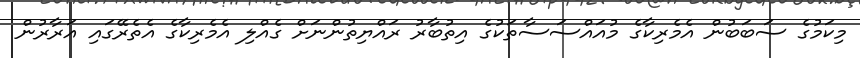
މިކަމުގެ ސަބަބުން އެމެރިކާގެ މުއައްސަސާތަކުގެ އިތުބާރު ރައްޔިތުންނަށް ގެއްލި އެމެރިކާގެ އެތެރޭގައި އަރާރުން